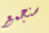
سنجمع